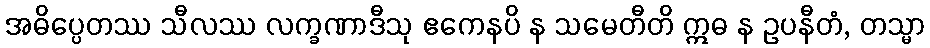
အဓိပ္ပေတဿ သီလဿ လက္ခဏာဒီသု ဧကေနပိ န သမေတီတိ ဣဓ န ဥပနီတံ, တသ္မာ